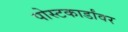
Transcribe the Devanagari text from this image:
पोस्टकार्डांवर